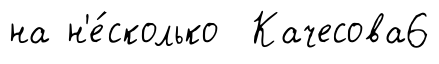
на н'е́сколько Качесова6